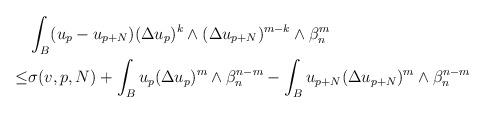
LaTeX: \begin{align*} \begin{aligned} &\int_{B}(u_p-u_{p+N})(\Delta u_p)^k\wedge(\Delta u_{p+N})^{m-k}\wedge\beta_n^m \\\leq & \sigma(v,p, N)+\int_B u_p(\Delta u_p)^m\wedge\beta_n^{n-m}-\int_B u_{p+N}(\Delta u_{p+N})^m\wedge\beta_n^{n-m}\end{aligned} \end{align*}